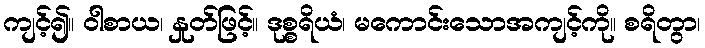
ကျင့်၍။ ဝါစာယ၊ နှုတ်ဖြင့်။ ဒုစ္စရိယံ၊ မကောင်းသောအကျင့်ကို။ စရိတွာ၊